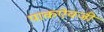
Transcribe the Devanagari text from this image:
पाकऐवजी